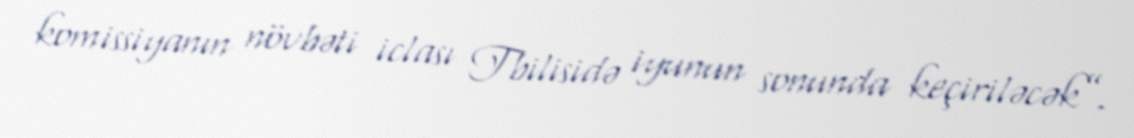
komissiyanın növbəti iclası Tbilisidə iyunun sonunda keçiriləcək”.